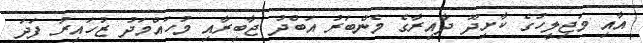
އާއި މަޖިލީހުގެ ކާށިދޫ ދާއިރާގެ މެންބަރު އަބްދު ޖާބިރާއި މުހައްމަދު ޒުހައިރު ފަދަ